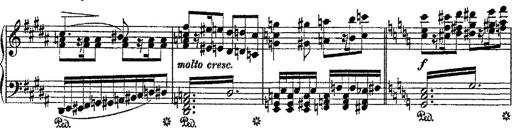
Title: Fantaisie romantique sur deux mÃ©lodies suisses
Composer: Franz Liszt